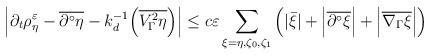
LaTeX: \begin{align*} \left|\partial_t\rho_\eta^\varepsilon-\overline{\partial^\circ\eta}-k_d^{-1}\Bigl(\overline{V_\Gamma^2\eta}\Bigr)\right| &\leq c\varepsilon\sum_{\xi=\eta,\zeta_0,\zeta_1}\left(|\bar{\xi}|+\Bigl|\overline{\partial^\circ\xi}\Bigr|+\Bigl|\overline{\nabla_\Gamma\xi}\Bigr|\right)\end{align*}